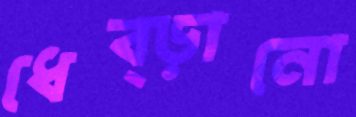
ধেব্‌ড়ানো